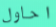
احاول